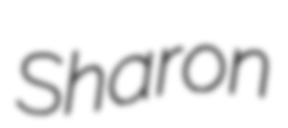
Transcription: Sharon